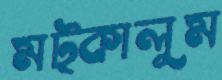
মট্‌কালুম